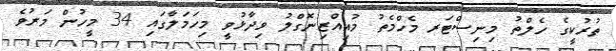
ތުރުކީގެ ހެލްތު މިނިސްޓަރ މެހްމެތު މުއިއްޒިނޮގްލު ވިދާޅުވީ މިހަމަލާގައި 34 މީހުން މަރުވެ